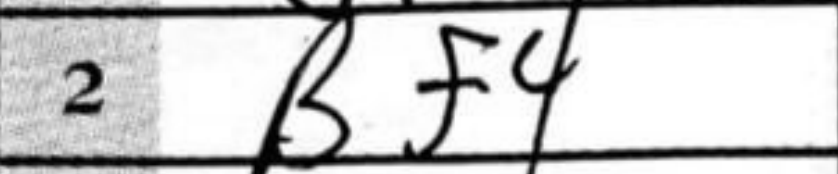
Transcription: Bf4